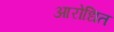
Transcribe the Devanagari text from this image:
आरोधित